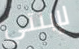
لإبنتي